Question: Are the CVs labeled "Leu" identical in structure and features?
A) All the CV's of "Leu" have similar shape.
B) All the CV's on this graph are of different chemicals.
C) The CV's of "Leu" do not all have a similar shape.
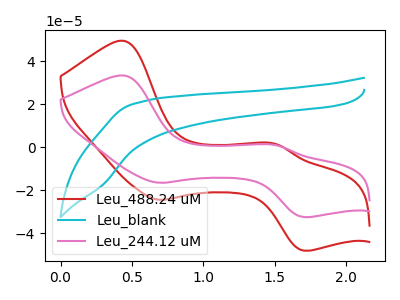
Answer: <think>The red curve "Leu_488.24 uM" has anodic peaks at (0.45V, 49.60uA) (1.50V, 1.65uA) and cathodic peaks at (0.70V, -24.35uA) (1.70V, -48.00uA). The cyan curve "Leu_blank" has no peaks. The pink curve "Leu_244.12 uM" has anodic peaks at (0.45V, 33.45uA) (1.50V, 1.10uA) and cathodic peaks at (0.70V, -16.40uA) (1.70V, -32.40uA).
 "Leu_488.24 uM" and "Leu_blank" have a different number of peaks. All the peaks in "Leu_488.24 uM" have a peak in "Leu_244.12 uM" at the same potential. Every peak in "Leu_488.24 uM" is higher than every peak in "Leu_244.12 uM". "Leu_blank" and "Leu_244.12 uM" have a different number of peaks.</think>
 <answer>A) All the CV's of "Leu" have similar shape.</answer>
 <eval>A</eval>